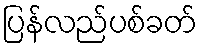
ပြန်လည်ပစ်ခတ်